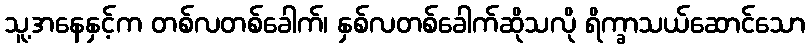
သူ့အနေနှင့်က တစ်လတစ်ခေါက်၊ နှစ်လတစ်ခေါက်ဆိုသလို ရိက္ခာသယ်ဆောင်သော